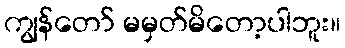
ကျွန်တော် မမှတ်မိတော့ပါဘူး။